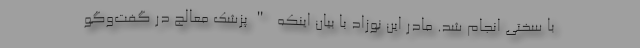
با سختی انجام شد. مادر این نوزاد با بیان اینکه "پزشک معالج در گفت‌وگو